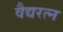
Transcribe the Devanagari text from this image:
वैद्यरत्न